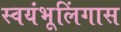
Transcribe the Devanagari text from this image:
स्वयंभूलिंगास